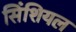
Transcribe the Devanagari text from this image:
सिंशियल